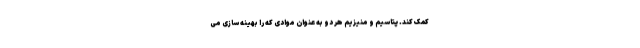
کمک کند. پتاسیم و منیزیم هر دو به عنوان موادی که را بهینه سازی می